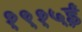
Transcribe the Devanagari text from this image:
१९१५ई